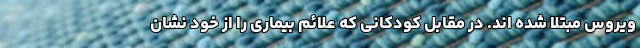
ویروس مبتلا شده اند. در مقابل کودکانی که علائم بیماری را از خود نشان